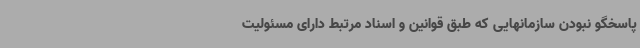
پاسخگو نبودن سازمانهایی که طبق قوانین و اسناد مرتبط دارای مسئولیت